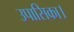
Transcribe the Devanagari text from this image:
उपासिका।